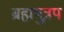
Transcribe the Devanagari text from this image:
ब्रह्मपुत्रप